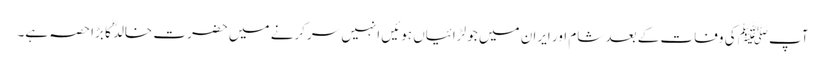
آپﷺ کی وفات کے بعد شام اور ایران میں جو لڑائیاں ہوئیں انہیں سرکرنے میں حضرت خالدؓ کا بڑا حصہ ہے۔